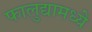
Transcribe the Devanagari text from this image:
फालुद्यामध्ये